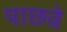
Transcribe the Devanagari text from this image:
पाछवे